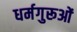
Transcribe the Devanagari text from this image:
धर्मगुरूओं